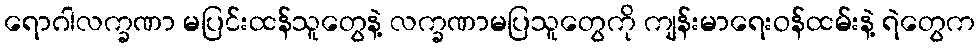
ရောဂါလက္ခဏာ မပြင်းထန်သူတွေနဲ့ လက္ခဏာမပြသူတွေကို ကျန်းမာရေးဝန်ထမ်းနဲ့ ရဲတွေက